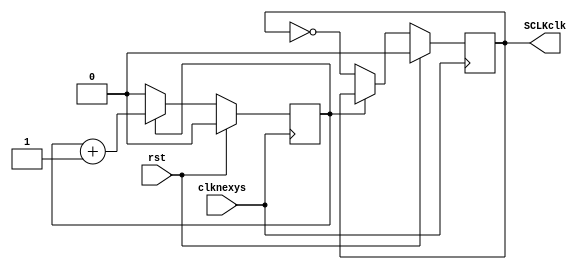
`timescale 1ns / 1ps
//////////////////////////////////////////////////////////////////////////////////
// Company: 
// Engineer: 
// 
// Design Name: 
// Module Name:    divisor50m 
// Project Name: 
// Target Devices: 
// Tool versions: 
// Description: 
//
// Dependencies: 
//
// Revision: 
// Revision 0.01 - File Created
// Additional Comments: 
//
//////////////////////////////////////////////////////////////////////////////////
module divisor50m(
    clknexys,
	 rst,
	 SCLKclk
    );
input wire clknexys, rst;
	output reg SCLKclk;///,pclk
reg cuenta_sclk;  /////El numero de bits se determina: logbase2(redondeado((clknexys/clkdeseado))-1)
always @(posedge clknexys)   
	begin
	if(rst)
		begin
		cuenta_sclk<=1'd0;   /////El numero de bits se determina: logbase2(redondeado((clknexys/clkdeseado))-1)
		SCLKclk <=1'd0;  //El numero de bits se determina: logbase2(redondeado((clknexys/clkdeseado))-1)
		end
	else
				begin	
			if(cuenta_sclk == 1'd0)// numero lo determina dividiendo el clock dela nexys y el clock que usted quiere, -1, dividido entre 2
						     		 ///Tiene qoue ser un numero entero por lo que lo redondea hacia arriba
					begin 
						cuenta_sclk<= 2'd00;  /////El numero de bits se determina: logbase2(redondeado((clknexys/clkdeseado))-1)+1
						SCLKclk <= ~SCLKclk;
					end
	 		else
				cuenta_sclk <= cuenta_sclk + 1'b1;
		end
	end

endmodule